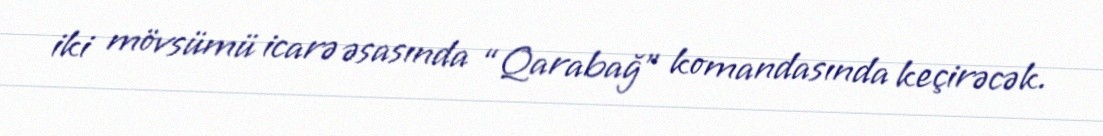
iki mövsümü icarə əsasında “Qarabağ” komandasında keçirəcək.